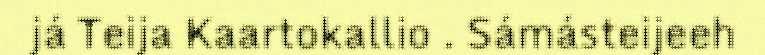
já Teija Kaartokallio . Sámásteijeeh